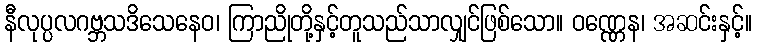
နီလုပ္ပလဂဗ္ဘသဒိသေနေဝ၊ ကြာညိုတို့နှင့်တူသည်သာလျှင်ဖြစ်သော။ ဝဏ္ဏေန၊ အဆင်းနှင့်။